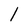
Character: l